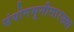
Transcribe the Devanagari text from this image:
संयोगभूमीसारख्या